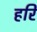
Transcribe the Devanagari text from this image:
हरि